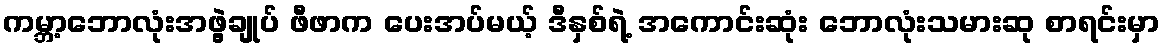
ကမ္ဘာ့ဘောလုံးအဖွဲ့ချုပ် ဖီဖာက ပေးအပ်မယ့် ဒီနှစ်ရဲ့ အကောင်းဆုံး ဘောလုံးသမားဆု စာရင်းမှာ